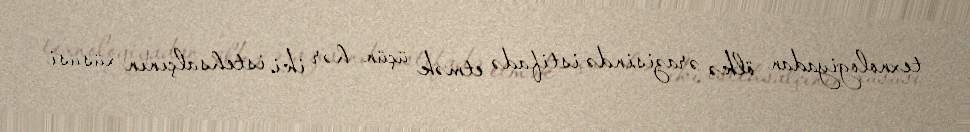
texnologiyadan ölkə ərazisində istifadə etmək üçün hər iki istehsalçının xüsusi